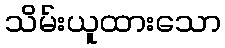
သိမ်းယူထားသော